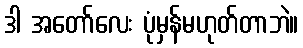
ဒါ အတော်လေး ပုံမှန်မဟုတ်တာဘဲ။